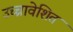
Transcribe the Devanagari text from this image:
उच्चावेशित